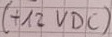
Text: t12 VDC